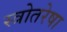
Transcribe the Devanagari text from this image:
स्त्रोतरेषा